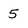
Character: 5